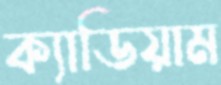
ক্যাডিয়াম